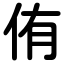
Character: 侑